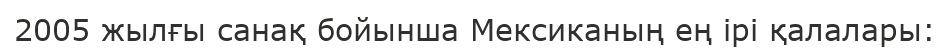
2005 жылғы санақ бойынша Мексиканың ең ірі қалалары: